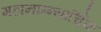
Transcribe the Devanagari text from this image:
महानाम्न्यार्चिक